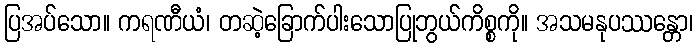
ပြအပ်သော။ ကရဏီယံ၊ တဆဲ့ခြောက်ပါးသောပြုဘွယ်ကိစ္စကို။ အသမနုပဿန္တော၊